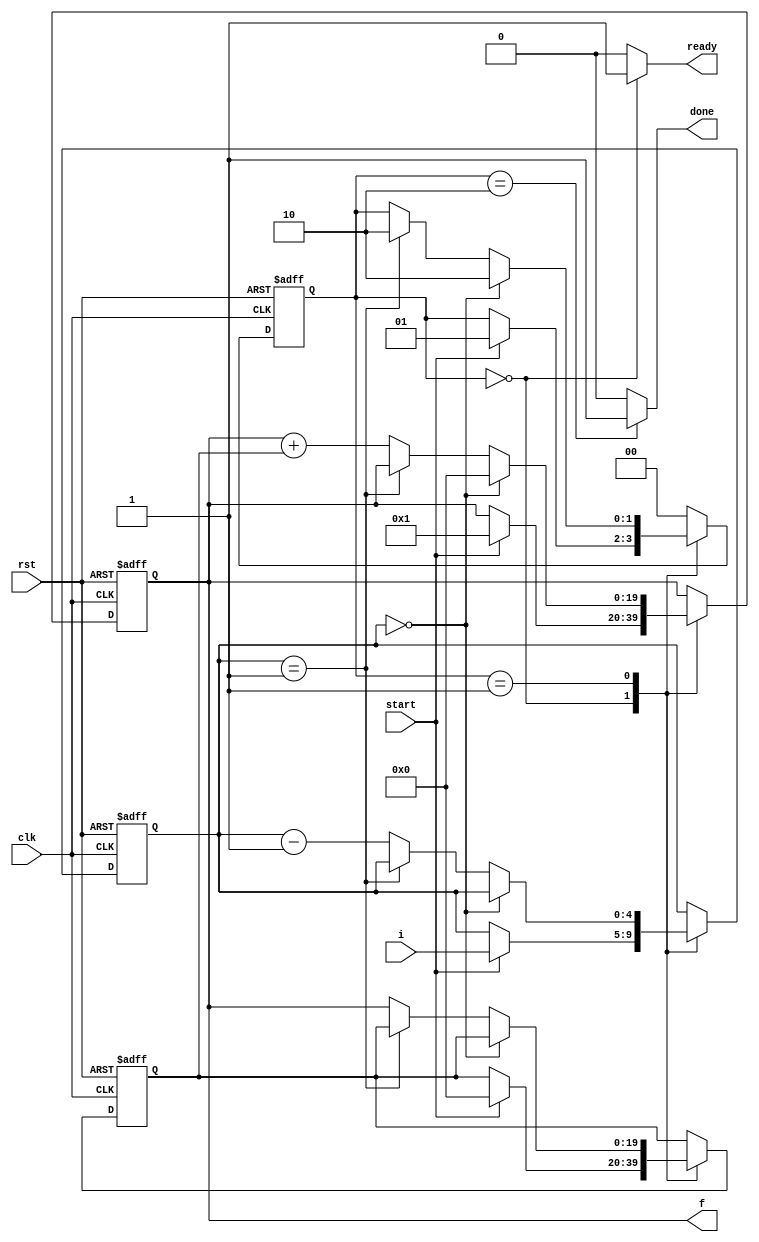
module fib(input clk,rst,start,input [4:0]i,output reg ready,done,output [19:0]f);
parameter a=2'b00,b=2'b01,c=2'b10;
reg [1:0] ns,ps;
reg [19:0] t0,t1,t0_nxt,t1_nxt;
reg [4:0]n,n_nxt;

always@(posedge clk,posedge rst)
begin
    if(rst)
	begin
	ps<=a;
	t0<=0;
	t1<=0;
	n<=0;
	end
     else
	begin
	ps<=ns;
	t0<=t0_nxt;
	t1<=t1_nxt;
	n<=n_nxt;
	end
end
always@*
begin
ns=ps;
done=0;
ready=0;
t0_nxt=t0;
t1_nxt=t1;
n_nxt=n;
  case(ps)
  a:begin
    ready=1;
    if(start)
       begin
       t0_nxt=0;
       t1_nxt=1;
       n_nxt=i;
       ns=b;
       end
     end

  b:begin
    if(n==0)
      begin
        t1_nxt=0;
        ns=c;
      end
     else if(n==1)
      ns=c;
     else
       begin
         t1_nxt=t1+t0;
         t0_nxt=t1;
	 n_nxt=n-1;
	end
      end
   c:begin
       done=1;
       ns=a;
     end
    default:ns=a;
   endcase
end
assign f=t1;
endmodule